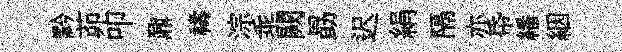
黔茆叩鼐禱淙乖闕勗迟絹隔亦帋繙絪